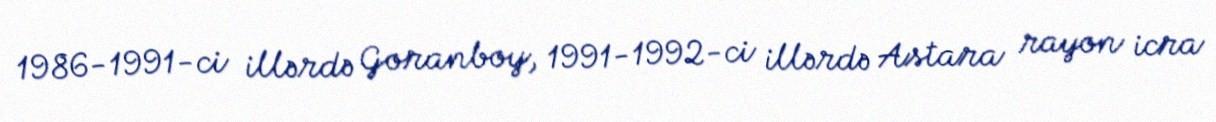
1986-1991-ci illərdə Goranboy, 1991-1992-ci illərdə Astara rayon icra